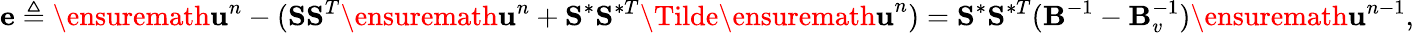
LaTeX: \mathbf{e}\triangleq\ensuremath{\mathbf{u}}^{n}-(\mathbf{S}\mathbf{S}^{T}\ensuremath{\mathbf{u}}^{n}+\mathbf{S}^{\ast}\mathbf{S}^{\ast T}\Tilde{\ensuremath{\mathbf{u}}}^{n})=\mathbf{S}^{\ast}\mathbf{S}^{\ast T}(\mathbf{B}^{-1}-\mathbf{B}_{v}^{-1})\ensuremath{\mathbf{u}}^{n-1},